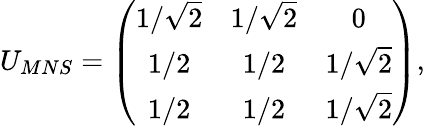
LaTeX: U_{MNS}=\left(\begin{array}{ccc}{{1/\sqrt{2}}}&{{1/\sqrt{2}}}&{{0}}\\ {{1/2}}&{{1/2}}&{{1/\sqrt{2}}}\\ {{1/2}}&{{1/2}}&{{1/\sqrt{2}}}\end{array}\right),